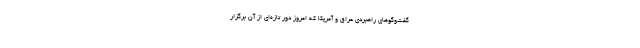
گفت‌وگوهای راهبردی عراق و آمریکا که امروز دور تازه‌ای از آن برگزار